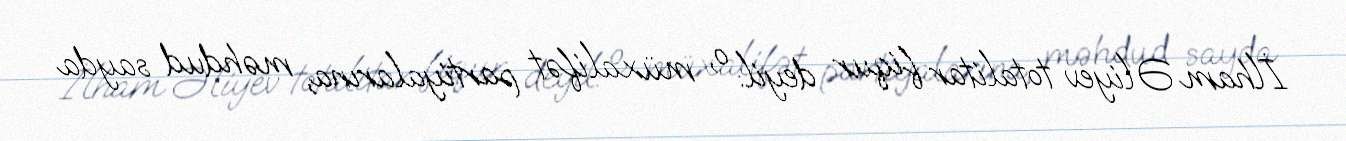
İlham Əliyev totalitar fiqur deyil: o, müxalifət partiyalarına, məhdud sayda